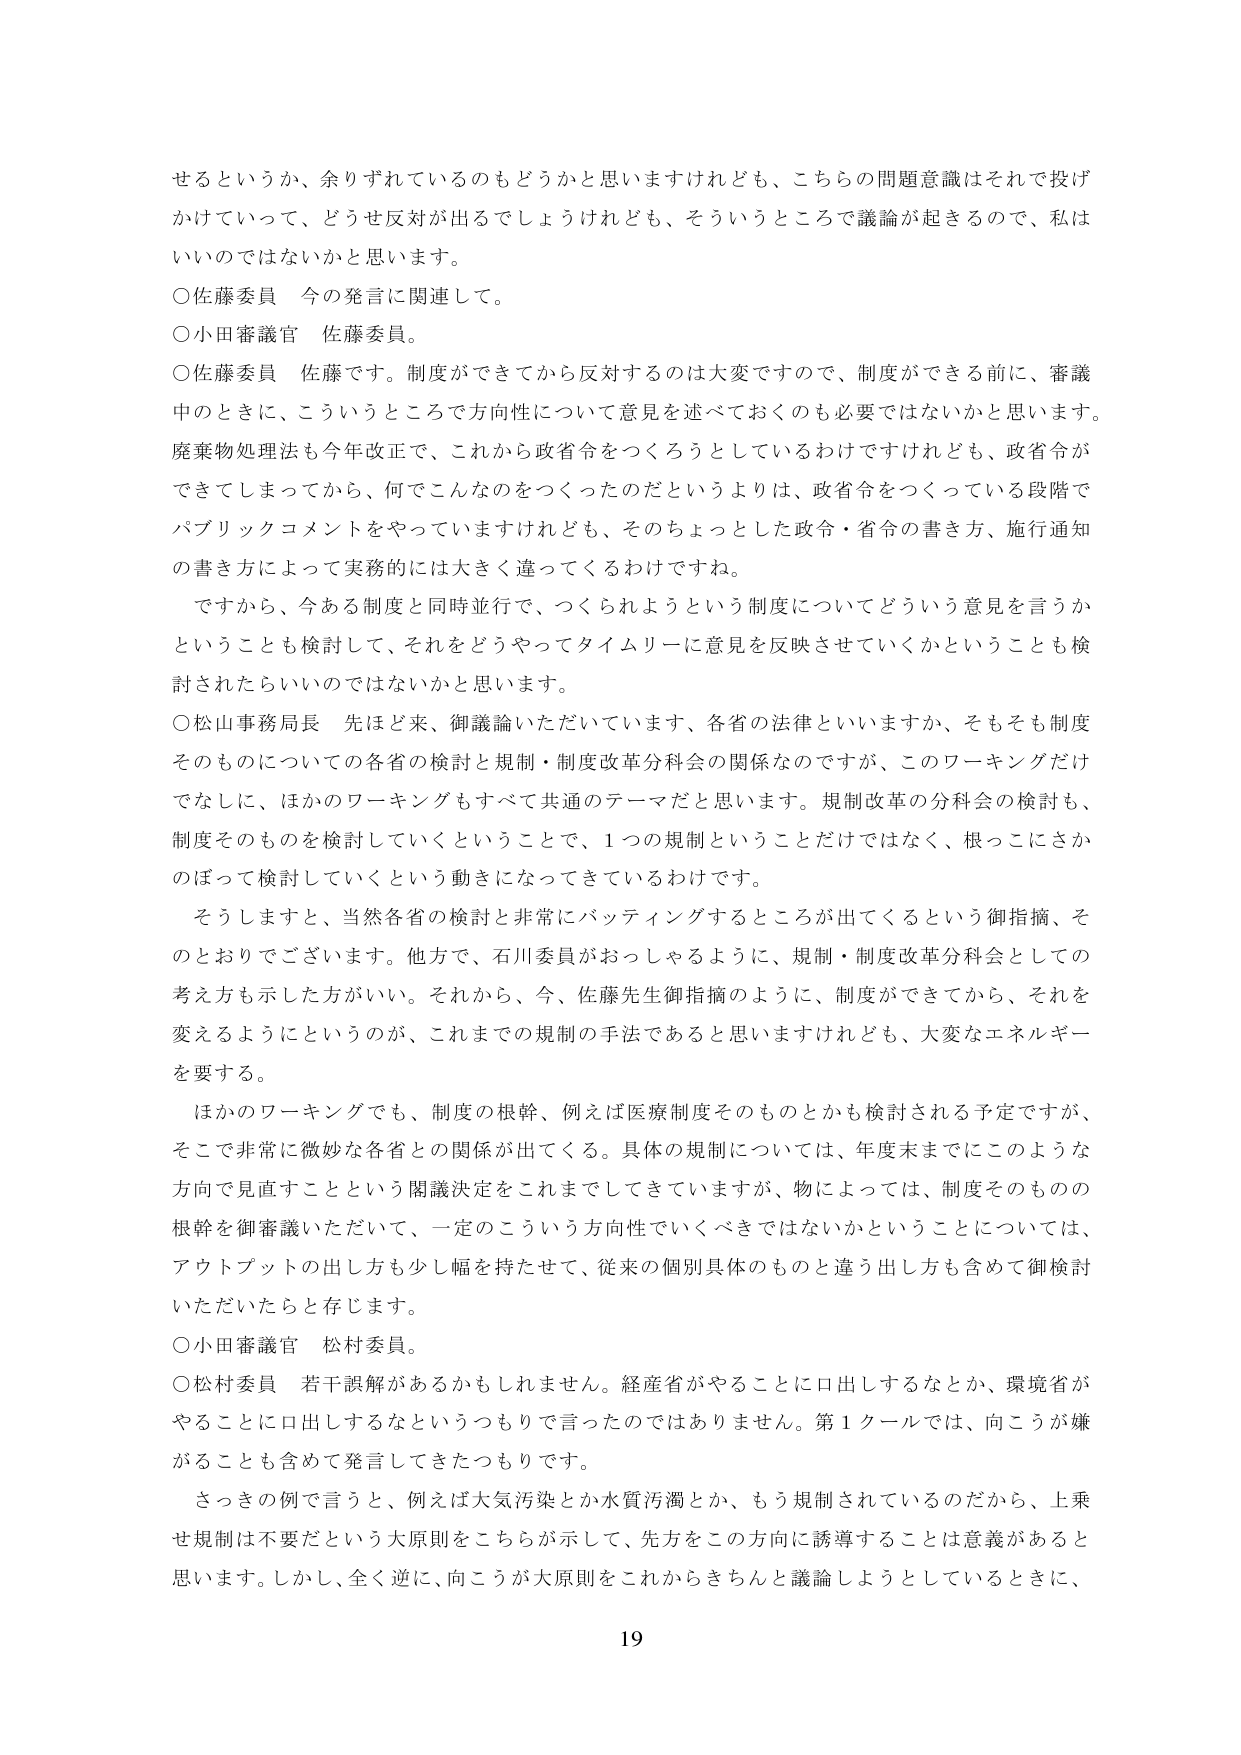
せるというか、余りずれているのもどうかと思いますけれども、こちらの問題意識はそれで投げかけていって、どうせ反対が出るでしょうけれども、そういうところで議論が起きるので、私はいいのではないかと思います。

○佐藤委員 今の発言に関連して。

○小田審議官 佐藤委員。

○佐藤委員 佐藤です。制度ができてから反対するのは大変ですので、制度ができる前に、審議中のときに、こういうところで方向性について意見を述べておくのも必要ではないかと思います。廃棄物処理法も今年改正で、これから政省令をつくろうとしているわけですがけれども、政省令ができてしまってから、何でこんなものをつくったのだというよりは、政省令をつくっている段階でパブリックコメントをやっていますけれども、そのちょっとした政令・省令の書き方、施行通知の書き方によって実務的には大きく違ってくるわけですね。

ですから、今ある制度と同時並行で、つくられようという制度についてどういう意見を言うかということも検討して、それをどうやってタイムリーに意見を反映させていくかということも検討されたらいいのではないかと思います。

○松山事務局長 先ほど来、御議論いただいています、各省の法律といいますか、そもそも制度そのものについての各省の検討と規制・制度改革分科会の関係なのですが、このワーキングだけになしに、ほかのワーキングもすべて共通のテーマだと思います。規制改革の分科会の検討も、制度そのものを検討していくということで、1つの規制ということだけではなく、根っこにさかのぼって検討していくという動きになってきているわけです。

そうしますと、当然各省の検討と非常にバッティングするところが出てくるという御指摘、そのとおりでございます。他方で、石川委員がおっしゃるように、規制・制度改革分科会としての考え方も示した方がいい。それから、今、佐藤先生御指摘のように、制度ができてから、それを変えるようにというのが、これまでの規制の手法であると思いますけれども、大変なエネルギーを要する。

ほかのワーキングでも、制度の根幹、例えば医療制度そのものとかも検討される予定ですが、そこで非常に微妙な各省との関係が出てくる。具体的規制については、年度末までにこのような方向で見直すことという閣議決定をこれまでしてきていますが、物によっては、制度そのものの根幹を御審議いただいて、一定のこういう方向性でいくべきではないかということについては、アウトプットの出し方も少し幅を持たせて、従来の個別具体のものと違う出し方も含めて御検討いただいたたらと存じます。

○小田審議官 松村委員。

○松村委員 若干誤解があるかもしれません。経産省がやることに口出しするなとか、環境省がやることに口出しするなというつもりで言ったのではありません。第1クールでは、向こうが嫌がることも含めて発言してきたつもりです。

さっきの例で言うと、例えば大気汚染とか水質汚濁とか、もう規制されているのだから、上乗せ規制は不要だという大原則をこちらが示して、先方をこの方向に誘導することは意義があると思います。しかし、全く逆に、向こうが大原則をこれからきちんと議論しようとしているときに、